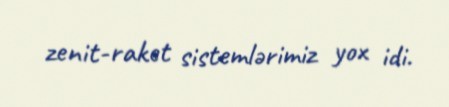
zenit-raket sistemlərimiz yox idi.